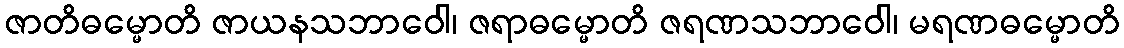
ဇာတိဓမ္မောတိ ဇာယနသဘာဝေါ၊ ဇရာဓမ္မောတိ ဇရဏသဘာဝေါ၊ မရဏဓမ္မောတိ